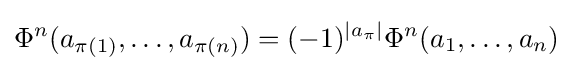
\Phi ^{n}(a_{\pi (1)},\ldots ,a_{\pi (n)})=(-1)^{\left|a_{\pi }\right|}\Phi ^{n}(a_{1},\ldots ,a_{n})